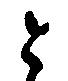
と